Scottish Leaving Certificate Examination, 1959
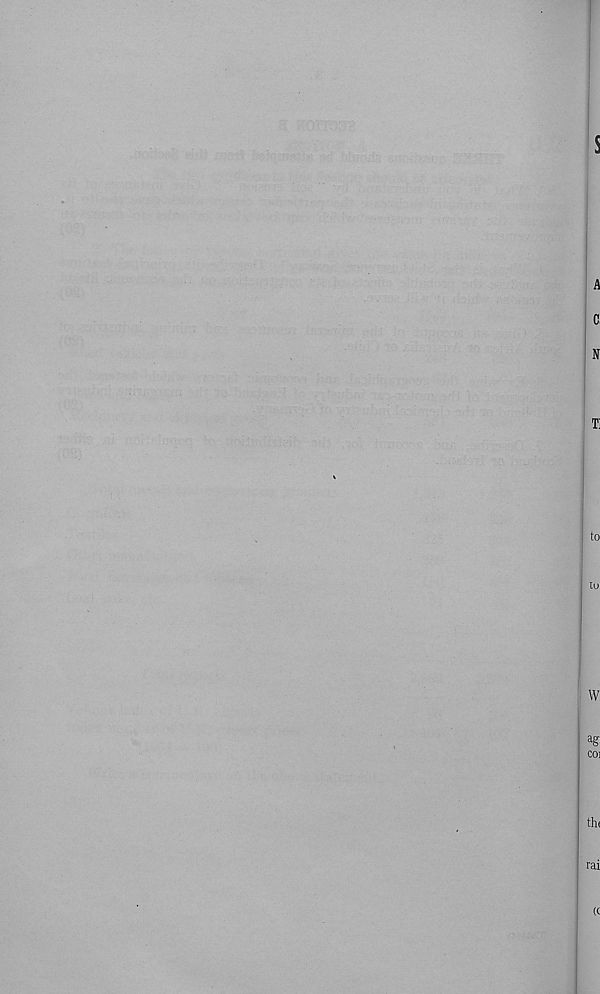
$
A
C,
N
Ti
to
lu
W
ag
CO]
th<
rai
((